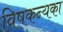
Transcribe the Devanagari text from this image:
विषकन्यका